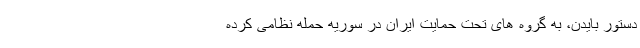
دستور بایدن، به گروه های تحت حمایت ایران در سوریه حمله نظامی کرده